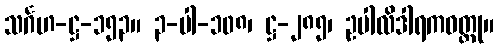
သင်္ဂဟ-ဋ္ဌ-၁၅၃။ ၃-ပါ-၁၀၈၊ ဋ္ဌ-၂၈၅၊ ဥပါလိဒါရကဝတ္ထု။